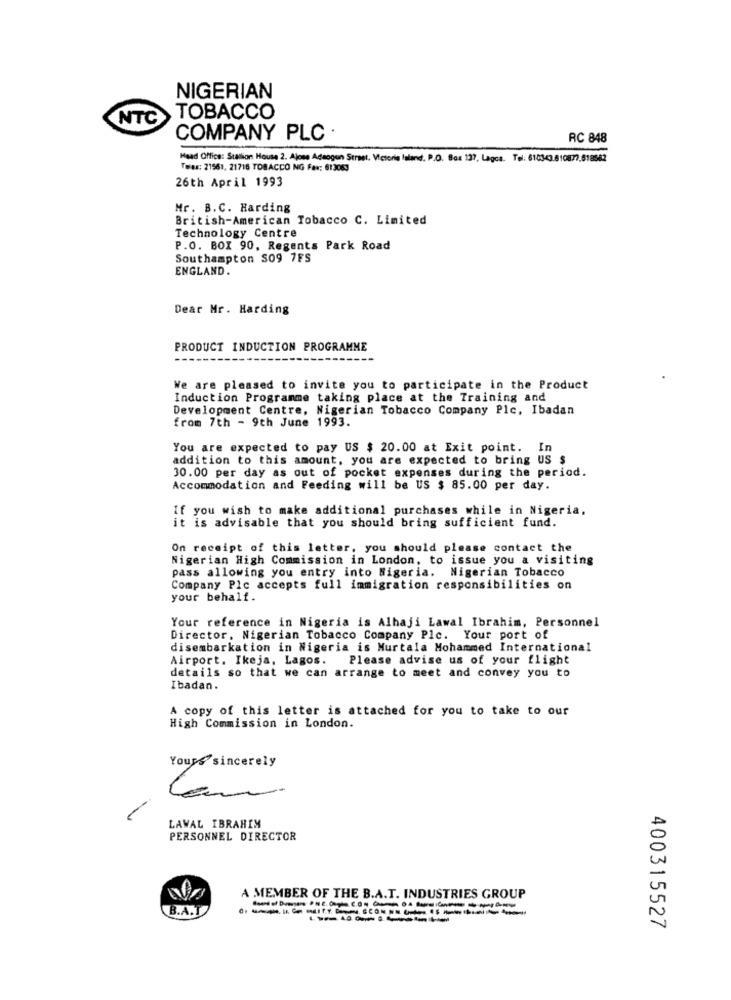
NIGERIAN
NTC
TOBACCO
COMPANY PLC
RC 848
Head Office: Stallion House 2. Ajone Adaogun Street. Victoria Island. P.O. Box 137, Lagos. Tel: 610343.810877.618582
Teras: 21561, 21716 TOBACCO NG Fax: 613063
26th April 1993
Mr. B.C. Harding
British-American Tobacco C. Limited
Technology Centre
P.O. BOX 90, Regents Park Road
Southampton S09 7FS
ENGLAND.
Dear Mr. Harding
PRODUCT INDUCTION PROGRAMME
We are pleased to invite you to participate in the Product
Induction Programme taking place at the Training and
Development Centre, Nigerian Tobacco Company Plc, Ibadan
from 7th - 9th June 1993.
You are expected to pay US $ 20.00 at Exit point. In
addition to this amount, you are expected to bring US $
30.00 per day as out of pocket expenses during the period.
Accommodation and Feeding will be US $ 85.00 per day.
If you wish to make additional purchases while in Nigeria,
it is advisable that you should bring sufficient fund.
On receipt of this letter, you should please contact the
Nigerian High Commission in London, to issue you a visiting
pass allowing you entry into Nigeria. Nigerian Tobacco
Company Plc accepts full immigration responsibilities on
your behalf.
Your reference in Nigeria is Alhaji Lawal Ibrahim, Personnel
Director. Nigerian Tobacco Company Plc. Your port of
disembarkation in Nigeria is Murtala Mohammed International
Airport. Ikeja, Lagos. Please advise us of your flight
details so that we can arrange to meet and convey you to
Ibadan.
A copy of this letter is attached for you to take to our
High Commission in London.
Yours sincerely
LAWAL IBRAHIM
PERSONNEL DIRECTOR
A MEMBER OF THE B.A.T. INDUSTRIES GROUP
B.A.T
--------
400315527